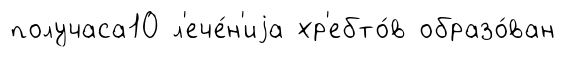
получаса10 л'ече́н'иjа хр'ебто́в образо́ван